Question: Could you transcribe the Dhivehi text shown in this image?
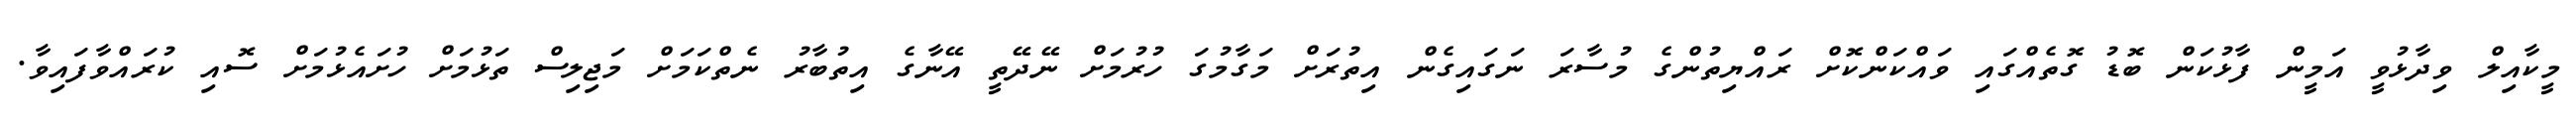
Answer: މީކާއިލް ވިދާޅުވީ އަމީން ފާޅުކަން ބޮޑު ގޮތެއްގައި ވައްކަންކޮށް ރައްޔިތުންގެ މުސާރަ ނަގައިގެން އިތުރަށް މަގާމުގަ ހުރުމަށް ނޭދޭތީ އޭނާގެ އިތުބާރު ނެތްކަމަށް މަޖިލިސް ތަޅުމަށް ހުށައެޅުމަށް ސޮއި ކުރައްވާފައިވާ.